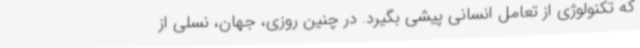
که تکنولوژی از تعامل انسانی پیشی بگیرد. در چنین روزی، جهان، نسلی از